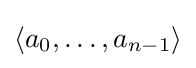
\left\langle a_{0},\dots ,a_{n-1}\right\rangle